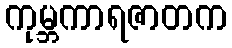
ကုမ္ဘကာရဇာတက